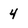
Character: 4